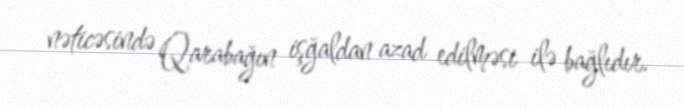
nəticəsində Qarabağın işğaldan azad edilməsi ilə bağlıdır.